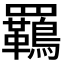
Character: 𮊡